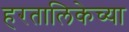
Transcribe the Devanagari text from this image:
हरतालिकेच्या